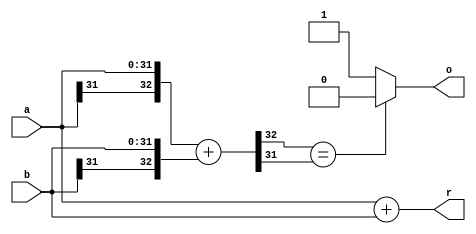
`timescale 1ns / 1ps
//////////////////////////////////////////////////////////////////////////////////
// Company: 
// Engineer: 
// 
// Design Name: 
// Module Name: add
// Project Name: 
// Target Devices: 
// Tool Versions: 
// Description: 
// 
// Dependencies: 
// 
// Revision:
// Revision 0.01 - File Created
// Additional Comments:
// 
//////////////////////////////////////////////////////////////////////////////////


module add(
input [31:0] a,
input [31:0] b,
output [31:0] r,
output o
);
//
wire[32:0] c;
assign c={a[31],a}+{b[31],b};//
assign r=a+b;
assign o=(c[32]==c[31])?0:1;//

endmodule